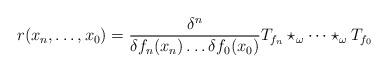
LaTeX: \begin{align*}r({x_n},\dots,x_0)=\frac{\delta^{n}}{\delta f_{n}(x_{n})\dots\delta{f_0}(x_{0})}T_{f_{n}}\star_\omega \dots \star_\omega T_{f_0}\end{align*}